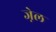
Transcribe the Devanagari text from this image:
जे़ल